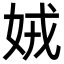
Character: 娀